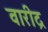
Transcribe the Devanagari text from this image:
वारीद्र